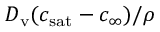
{ \cal D } _ { \mathrm { v } } ( c _ { \mathrm { s a t } } - c _ { \infty } ) / \rho